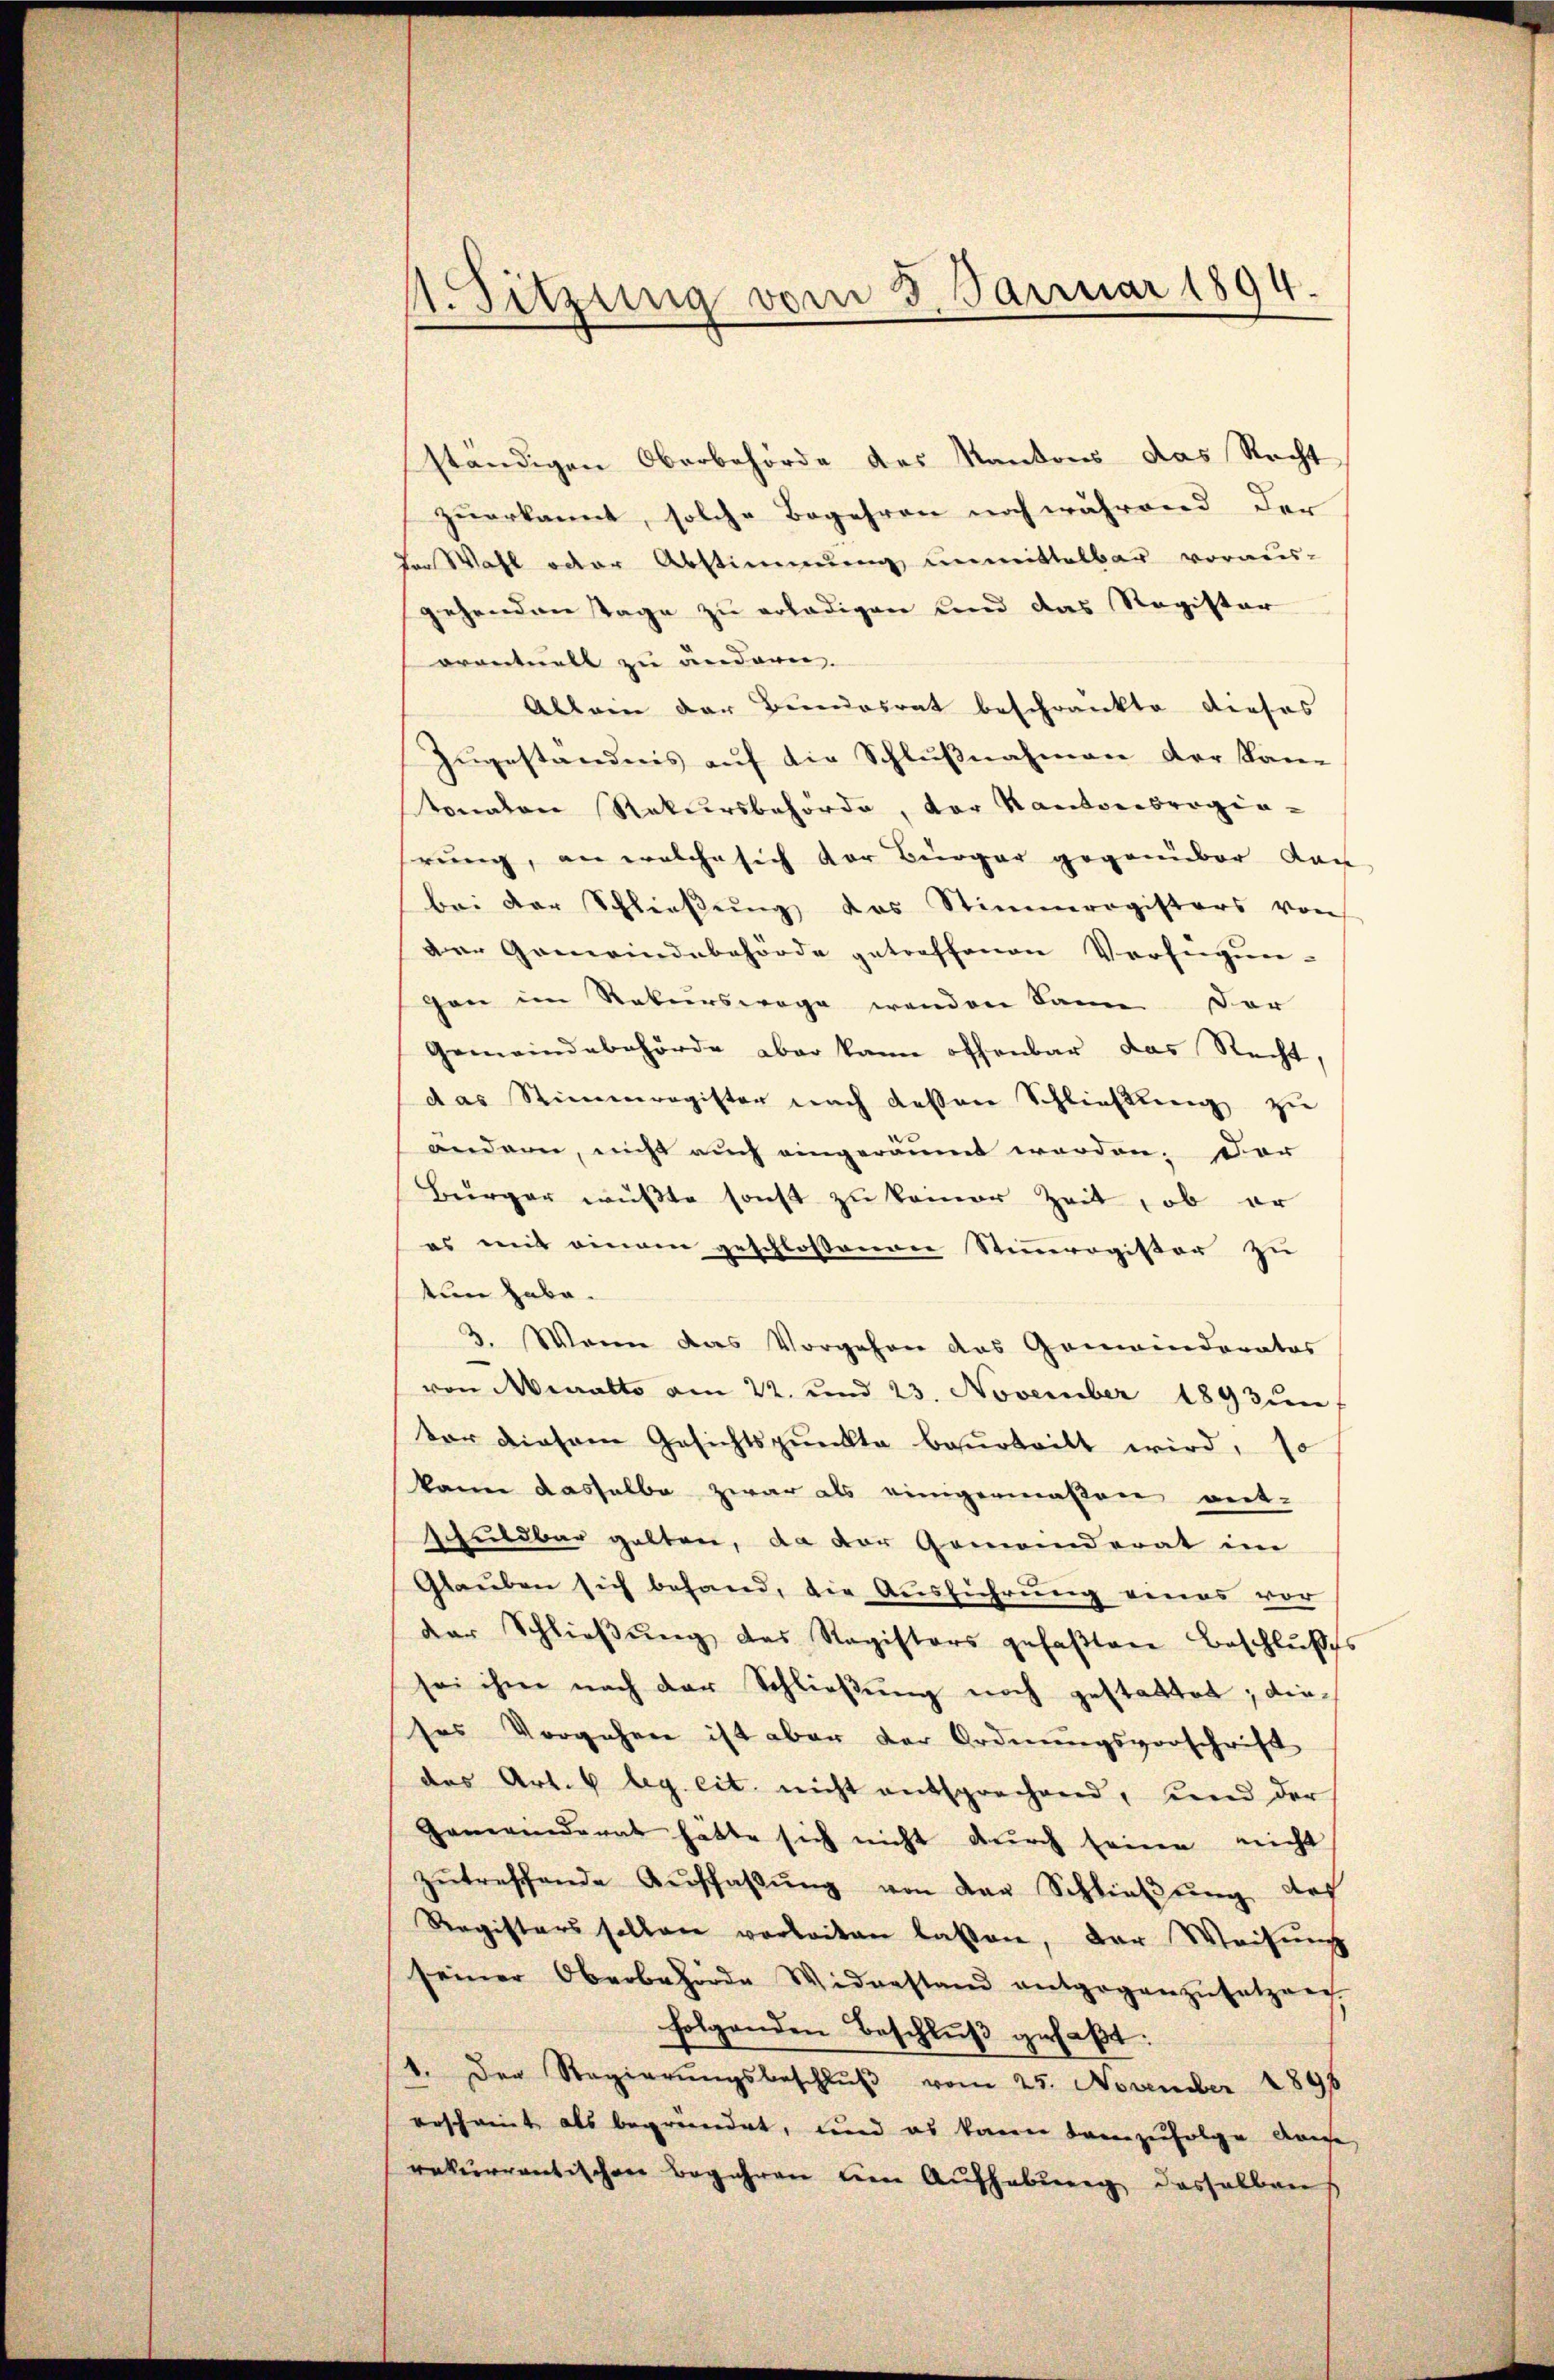
1. Sitzung vom 3. Januar 1894.

ständigen Oberbehörde des Kantons das Recht
zuerkannt, solche Begehren noch während der
der Wahl oder Abstimmung unmittelbar voraus-
gehenden Tage zu erledigen und das Register
orantiell zu änderen.
Allein der Bundesrat beschränkte dieses
Zugeständnis auf die Schlußnahmen der Kan-
tonalen Rekursbehörde, vor Kantonsregia-
rung, an welche sich der Bürger gegenüber dan
bei der Schließung des Stimmregisters von
Der Gemeindebehörde getreffenen Verfeigun-
gen im Rekurswege wenden kann der
Gemeindebehörde aber kann offenbar das Recht,
das Stimmregister nach dessen Schließung zu
ändern, nicht auch eingeräumt worden; der
Bürger wüsste sonst zu keiner Zeit, ob er
es mit einem geschlossenen Stimmregister zu
tun habe.
3. Wenn das Vorgehen das Gemeinderator
von Muralto am 22. und 23. November 1893 un
ter diesem Gesichtspunkte beurteilt wird, so
kann dasselbe zwar als einigermaßen weit-
schuldbar gelten, da der Gemanderat im
Glauben sich behand, die Ausführung eines vor
der Schlieβŭng des Ragisters gefaβten Beschlŭβes
sei ihm nach der Schließung noch gestattet; dieses Vorgehen ist aber der Ordnungsvorschrift
des Art. 4 Ag. cit. nicht entsprechend, und der
Gemeinderat hätte sich nicht durch seine nicht
zŭtreffende Aŭffaβŭng von der Schlieβŭng des
Registers sollen verleiten lassen, der Weisŭng
seiner Oberbehörde Widerstand entgegenzŭsatzung.
folgenden Beschluß gefaßt:
1. Der Regierŭngsbeschlŭβ vom 25. November 1898
erscheint als begründet, und es kann demzufolge Ange
rekurrentischen Begehren um Aufhebung desselben